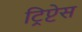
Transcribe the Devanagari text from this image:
ट्रिप्टेस